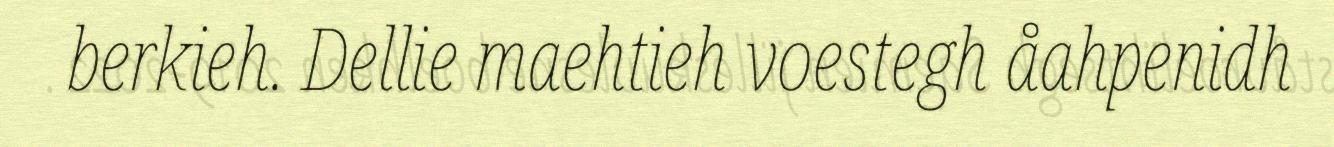
berkieh. Dellie maehtieh voestegh åahpenidh